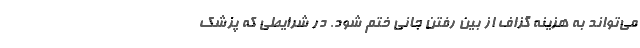
می‌تواند به هزینه گزاف از بین رفتن جانی ختم شود. در شرایطی که پزشک